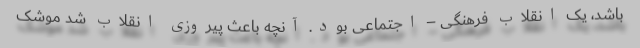
باشد، یک انقلاب فرهنگی – اجتماعی بود. آنچه باعث پیروزی انقلاب شد موشک